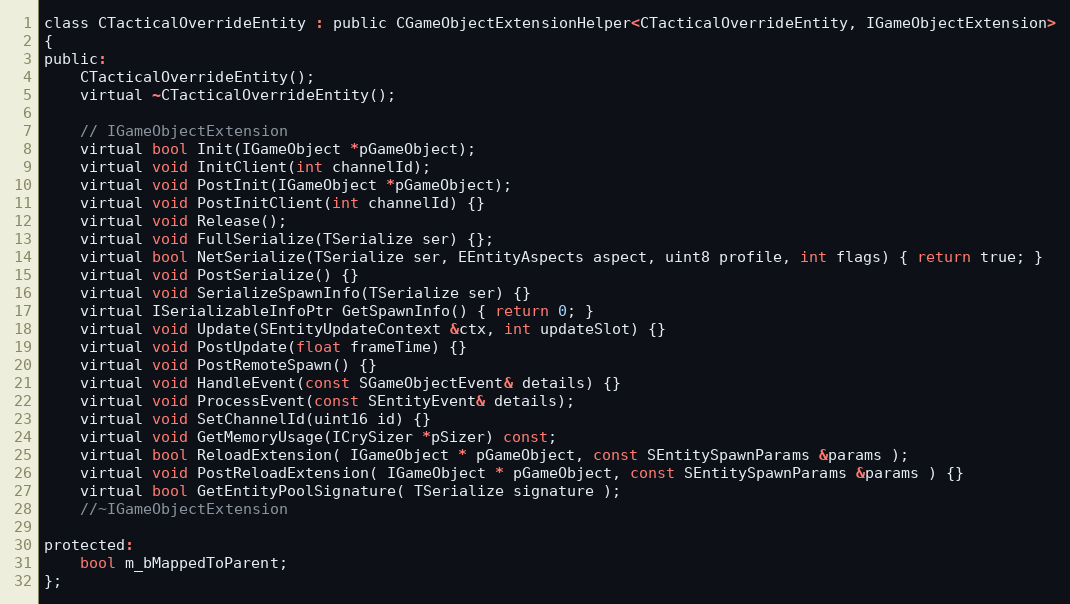
Language: C
class CTacticalOverrideEntity : public CGameObjectExtensionHelper<CTacticalOverrideEntity, IGameObjectExtension>
{
public:
	CTacticalOverrideEntity();
	virtual ~CTacticalOverrideEntity();

	// IGameObjectExtension
	virtual bool Init(IGameObject *pGameObject);
	virtual void InitClient(int channelId);
	virtual void PostInit(IGameObject *pGameObject);
	virtual void PostInitClient(int channelId) {}
	virtual void Release();
	virtual void FullSerialize(TSerialize ser) {};
	virtual bool NetSerialize(TSerialize ser, EEntityAspects aspect, uint8 profile, int flags) { return true; }
	virtual void PostSerialize() {}
	virtual void SerializeSpawnInfo(TSerialize ser) {}
	virtual ISerializableInfoPtr GetSpawnInfo() { return 0; }
	virtual void Update(SEntityUpdateContext &ctx, int updateSlot) {}
	virtual void PostUpdate(float frameTime) {}
	virtual void PostRemoteSpawn() {}
	virtual void HandleEvent(const SGameObjectEvent& details) {}
	virtual void ProcessEvent(const SEntityEvent& details);
	virtual void SetChannelId(uint16 id) {}
	virtual void GetMemoryUsage(ICrySizer *pSizer) const;
	virtual bool ReloadExtension( IGameObject * pGameObject, const SEntitySpawnParams &params );
	virtual void PostReloadExtension( IGameObject * pGameObject, const SEntitySpawnParams &params ) {}
	virtual bool GetEntityPoolSignature( TSerialize signature );
	//~IGameObjectExtension

protected:
	bool m_bMappedToParent;
};